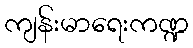
ကျန်းမာရေးကဏ္ဍ